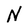
Character: N